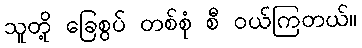
သူတို့ ခြေစွပ် တစ်စုံ စီ ဝယ်ကြတယ်။